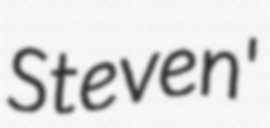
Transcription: Steven'